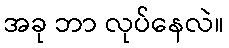
အခု ဘာ လုပ်နေလဲ။